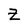
Character: z